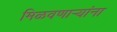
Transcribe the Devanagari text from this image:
मिळवणाऱ्यांना